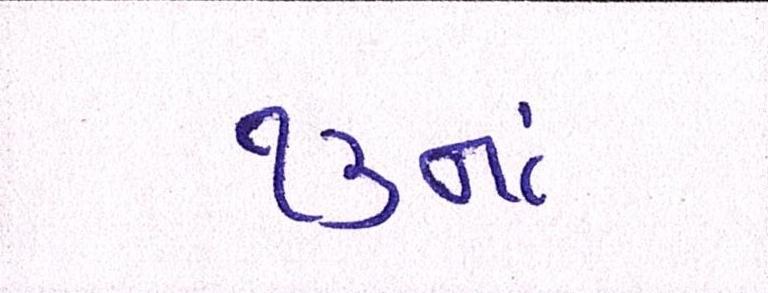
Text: ૧૩નાં